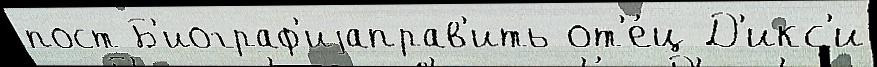
пост Б'иограф'иjаправ'ить от'е́ц Д'икс'и